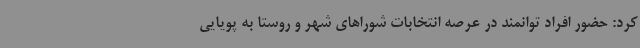
کرد: حضور افراد توانمند در عرصه انتخابات شوراهای شهر و روستا به پویایی